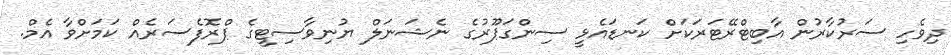
ދިވެހި ސަރުކާރުން އާބިޓްރޭޓަރަކަށް ކަނޑައެޅީ ސިންގަޕޫރުގެ ނެޝަނަލް ޔުނިވާސިޓީގެ ޕްރޮފެސަރެއް ކަމަށްވާ އެމް.